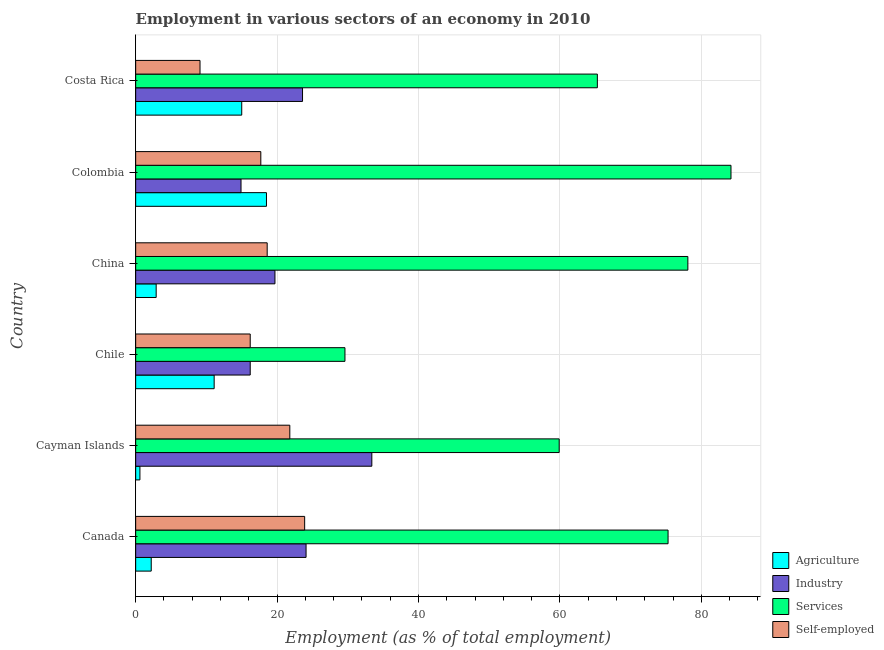
| Country | Agriculture | Industry | Services | Self-employed |
 | --- | --- | --- | --- | --- |
 | Canada | 2.2 | 24.1 | 75.3 | 23.9 |
 | Cayman Islands | 0.6 | 33.4 | 59.9 | 21.8 |
 | Chile | 11.1 | 16.2 | 29.6 | 16.2 |
 | China | 2.9 | 19.7 | 78.1 | 18.6 |
 | Colombia | 18.5 | 14.9 | 84.2 | 17.7 |
 | Costa Rica | 15 | 23.6 | 65.3 | 9.1 |